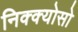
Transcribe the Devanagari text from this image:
निक्क्योसो